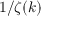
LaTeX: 1 / { \zeta ( k ) }